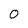
Character: 0